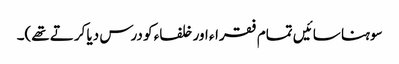
سوہنا سائیں تمام فقراء اور خلفاء کو درس دیا کرتے تھے)۔